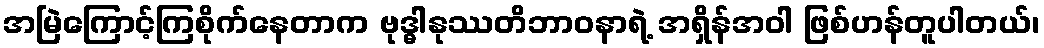
အမြဲကြောင့်ကြစိုက်နေတာက ဗုဒ္ဓါနုဿတိဘာဝနာရဲ့ အရှိန်အဝါ ဖြစ်ဟန်တူပါတယ်၊